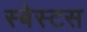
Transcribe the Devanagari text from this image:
स्बेस्टस